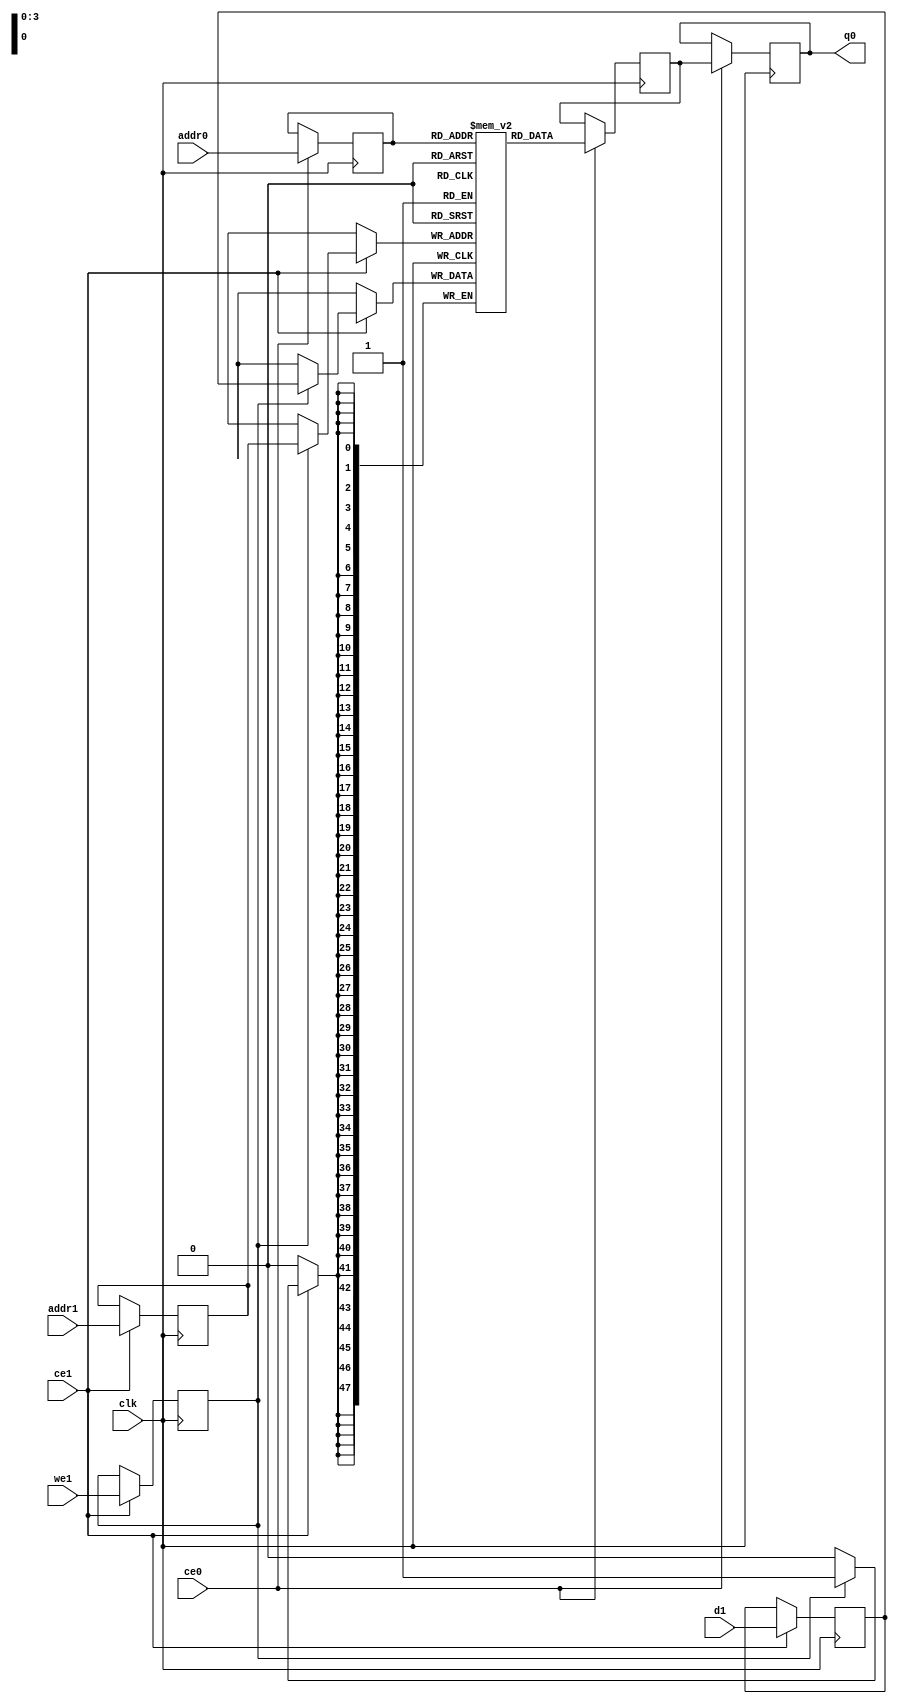
`define EXPONENT 5
`define MANTISSA 10
`define ACTUAL_MANTISSA 11
`define EXPONENT_LSB 10
`define EXPONENT_MSB 14
`define MANTISSA_LSB 0
`define MANTISSA_MSB 9
`define MANTISSA_MUL_SPLIT_LSB 3
`define MANTISSA_MUL_SPLIT_MSB 9
`define SIGN 1
`define SIGN_LOC 15
`define DWIDTH (`SIGN+`EXPONENT+`MANTISSA)
`define IEEE_COMPLIANCE 1

module td_fused_top_tdf1_adjustments_ram (addr0, ce0, q0, addr1, ce1, d1, we1,  clk);

parameter DWIDTH = 48;
parameter AWIDTH = 4;
parameter MEM_SIZE = 16;

input[AWIDTH-1:0] addr0;
input ce0;
output wire[DWIDTH-1:0] q0;
input[AWIDTH-1:0] addr1;
input ce1;
input[DWIDTH-1:0] d1;
input we1;
input clk;

 reg [DWIDTH-1:0] ram[MEM_SIZE-1:0];
wire [AWIDTH-1:0] addr0_t0; 
reg [AWIDTH-1:0] addr0_t1; 
reg [DWIDTH-1:0] q0_t0;
reg [DWIDTH-1:0] q0_t1;
wire [AWIDTH-1:0] addr1_t0; 
reg [AWIDTH-1:0] addr1_t1; 
wire [DWIDTH-1:0] d1_t0; 
wire we1_t0; 
reg [DWIDTH-1:0] d1_t1; 
reg we1_t1; 


assign addr0_t0 = addr0;
assign q0 = q0_t1;
assign addr1_t0 = addr1;
assign d1_t0 = d1;
assign we1_t0 = we1;

always @(posedge clk)  
begin
    if (ce0) 
    begin
        addr0_t1 <= addr0_t0; 
        q0_t1 <= q0_t0;
    end
    if (ce1) 
    begin
        addr1_t1 <= addr1_t0; 
        d1_t1 <= d1_t0;
        we1_t1 <= we1_t0;
    end
end


always @(posedge clk)  
begin 
    if (ce0) begin
        q0_t0 <= ram[addr0_t1];
    end
end


always @(posedge clk)  
begin 
    if (ce1) begin
        if (we1_t1) 
            ram[addr1_t1] <= d1_t1; 
    end
end


endmodule